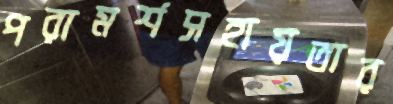
পরামর্শসহায়তার